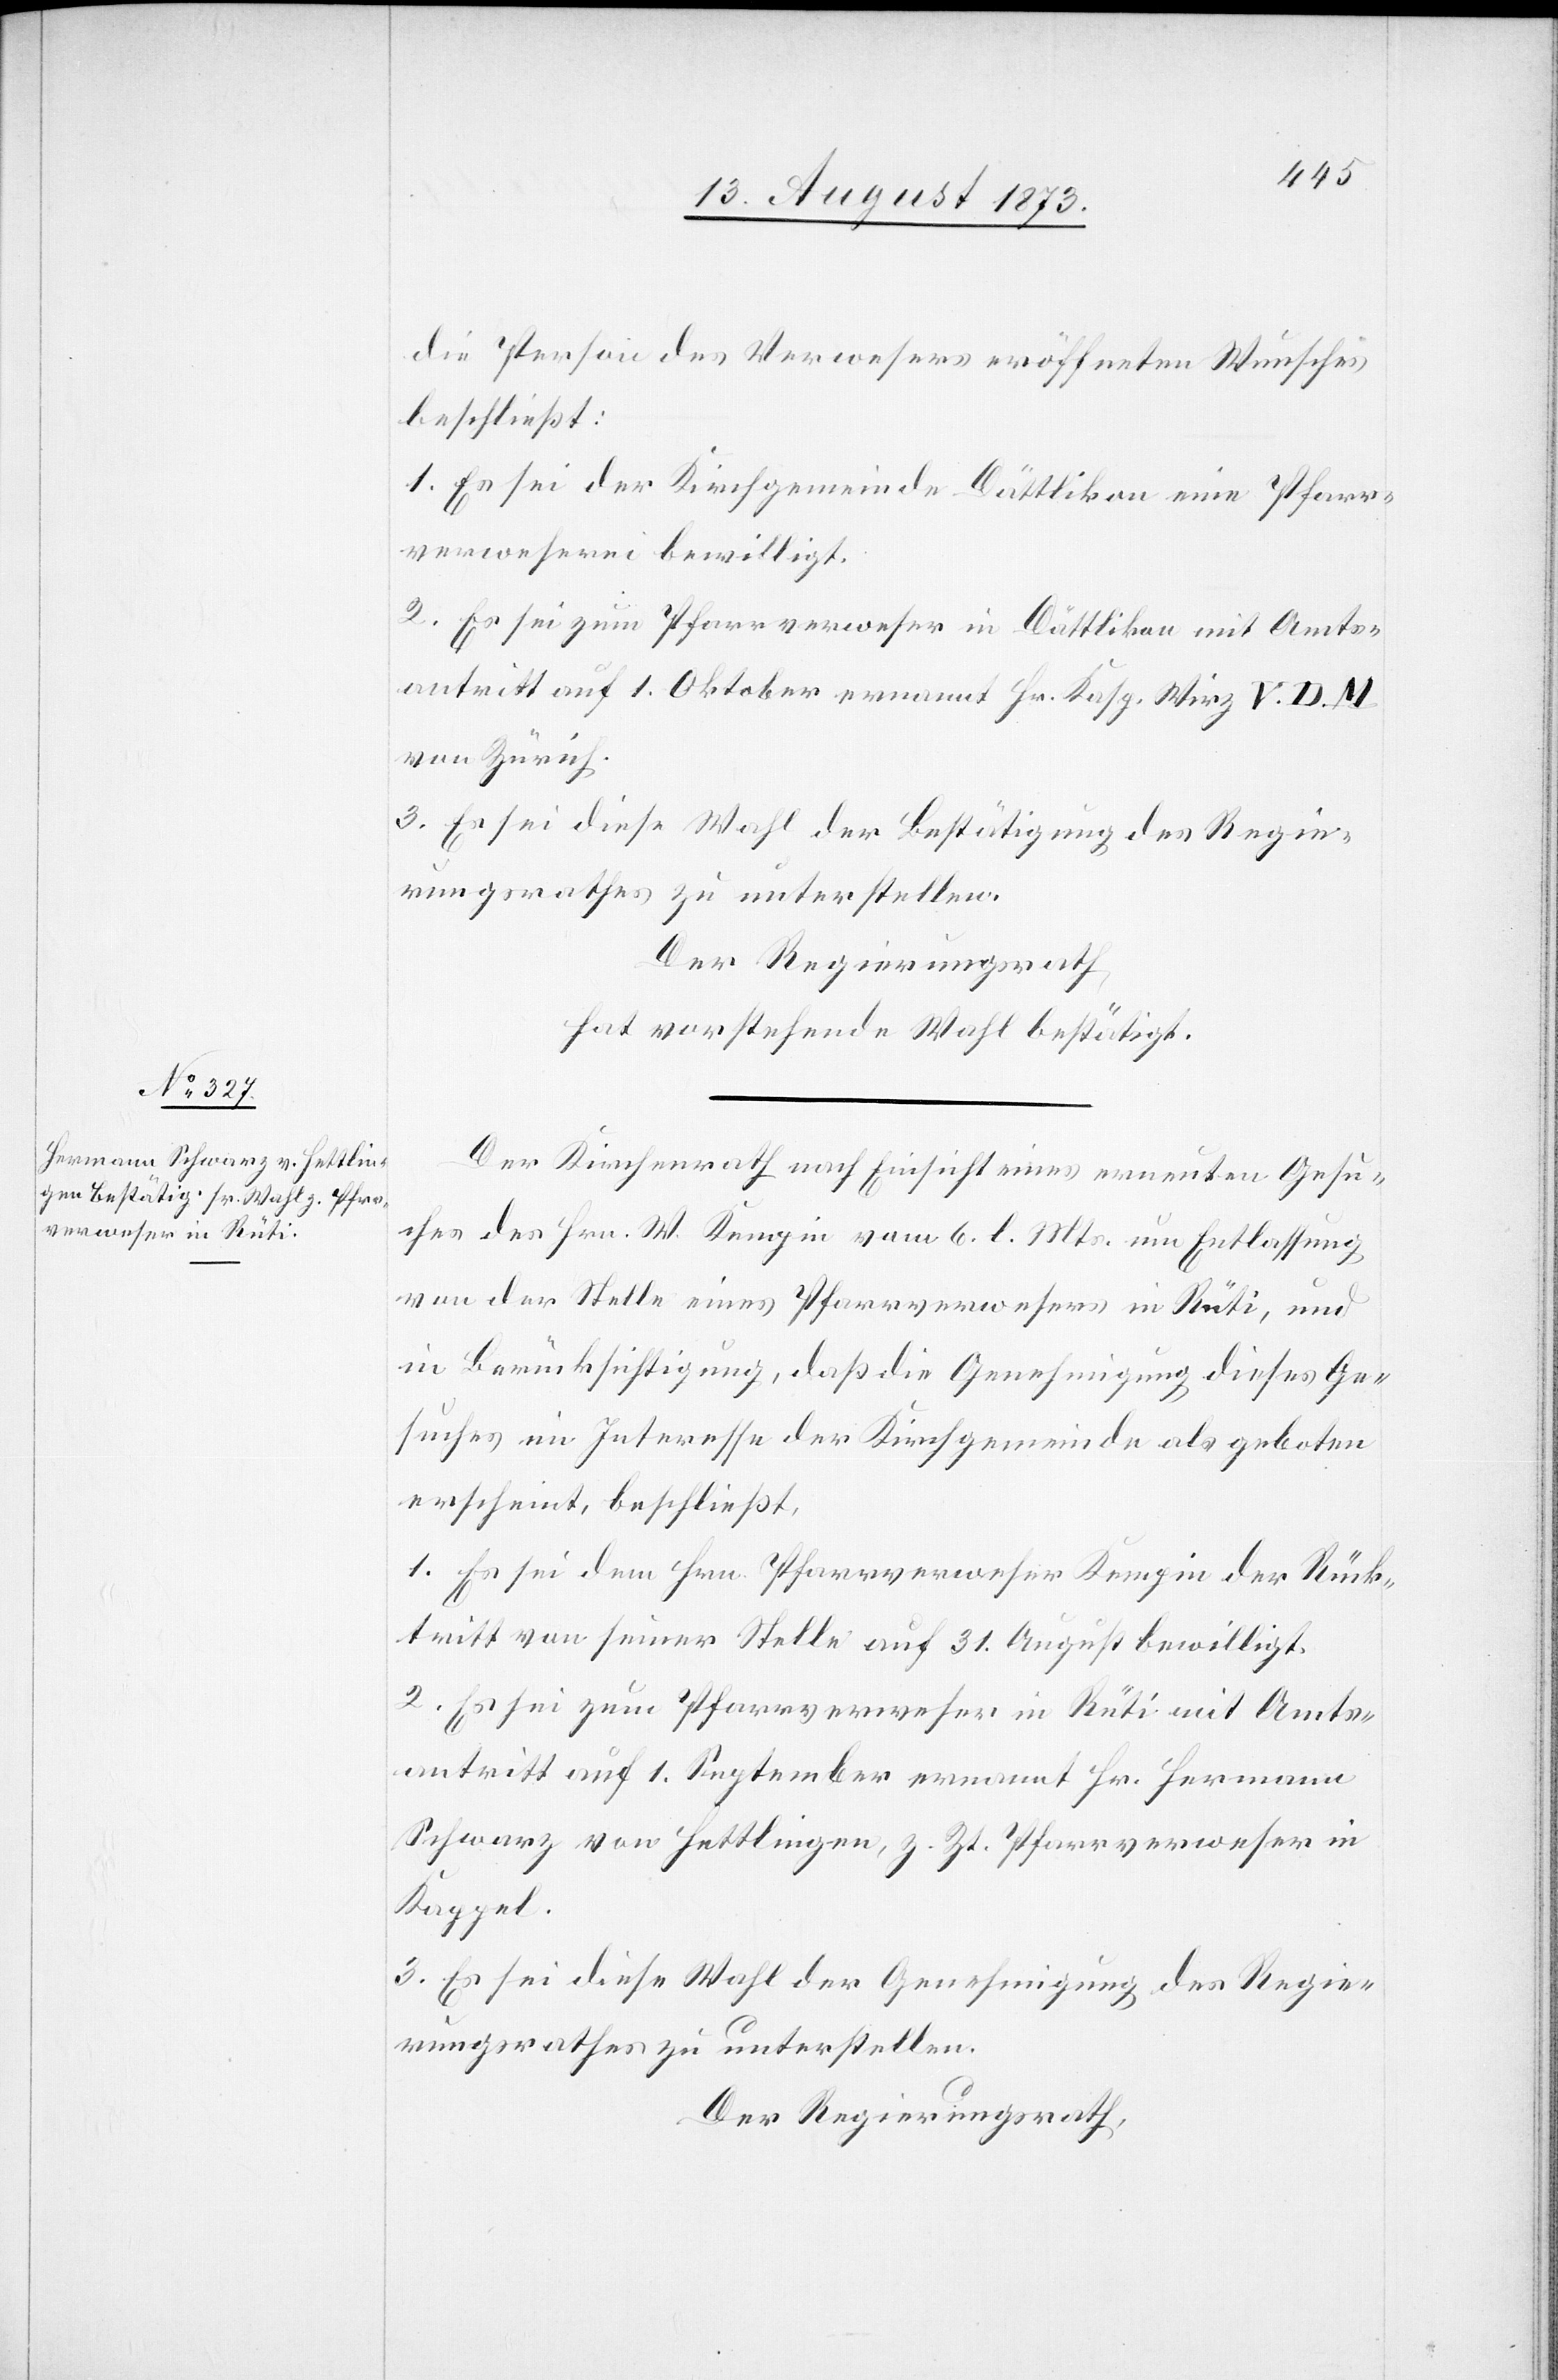
die Person des Verwesers eröffneten Wunsches
beschließt:
1. Es sei der Kirchgemeinde Dättlikon eine Pfarr¬
verweserei bewilligt.
2. Es sei zum Pfarrverweser in Dättlikon mit Amts¬
antritt auf 1. Oktober ernannt Hr. Kasp. Wirz V. D.
von Zürich.
3. Es sei diese Wahl der Bestätigung des Regie¬
rungsrathes zu unterstellen.
Der Regierungsrath
hat vorstehende Wahl bestätigt.
Der Kirchenrath nach Einsicht eines erneuten Gesu¬
ches des Hrn. W. Kempin vom 6. l. Mts. um Entlassung
von der Stelle eines Pfarrverwesers in Rüti, und
in Berücksichtigung, daß die Genehmigung dieses Ge¬
suches im Interesse der Kirchgemeinde als geboten
erscheint, beschließt,
1. Es sei dem Hrn. Pfarrverweser Kempin der Rück¬
tritt von seiner Stelle auf 31. August bewilligt.
2. Es sei zum Pfarrverweser in Rüti mit Amts¬
antritt auf 1. September ernannt Hr. Hermann
Schwarz von Hettlingen, z. Zt. Pfarrverweser in
Kappel.
3. Es sei diese Wahl der Genehmigung des Regie¬
rungsrathes zu unterstellen.
Der Regierungsrath,